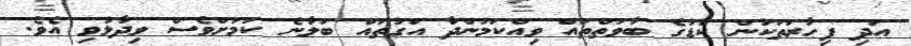
އަދި ފިހާރަތަކުން ކާޑުގެ ބާވަތްތައް ވިއްކަމުންދާ އަގުތައް ބަލާނެ ކަމަށްވެސް ވިދާޅުވި އެވެ.